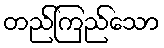
တည်ကြည်သော